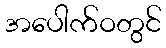
အပေါက်ဝတွင်